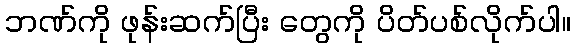
ဘဏ်ကို ဖုန်းဆက်ပြီး တွေကို ပိတ်ပစ်လိုက်ပါ။